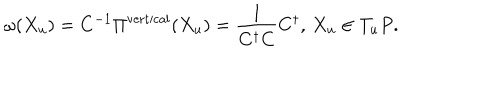
\omega ( X _ { u } ) = C ^ { - 1 } \Pi ^ { \mathrm { v e r t i c a l } } ( X _ { u } ) = \frac { 1 } { C ^ { \dagger } C } C ^ { \dagger } , \, X _ { u } \in T _ { u } P .